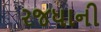
રજધાની